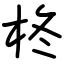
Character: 柊